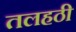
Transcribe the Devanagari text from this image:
तलहठी